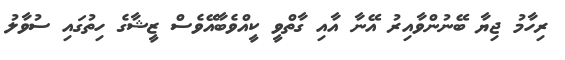
ރިހާމު ޖިޔާ ބޭނުންވާއިރު އޭނާ އާއި ގާތްވީ ކީއްވެބާއޭވެސް ޒީޝާގެ ހިތުގައި ސުވާލު